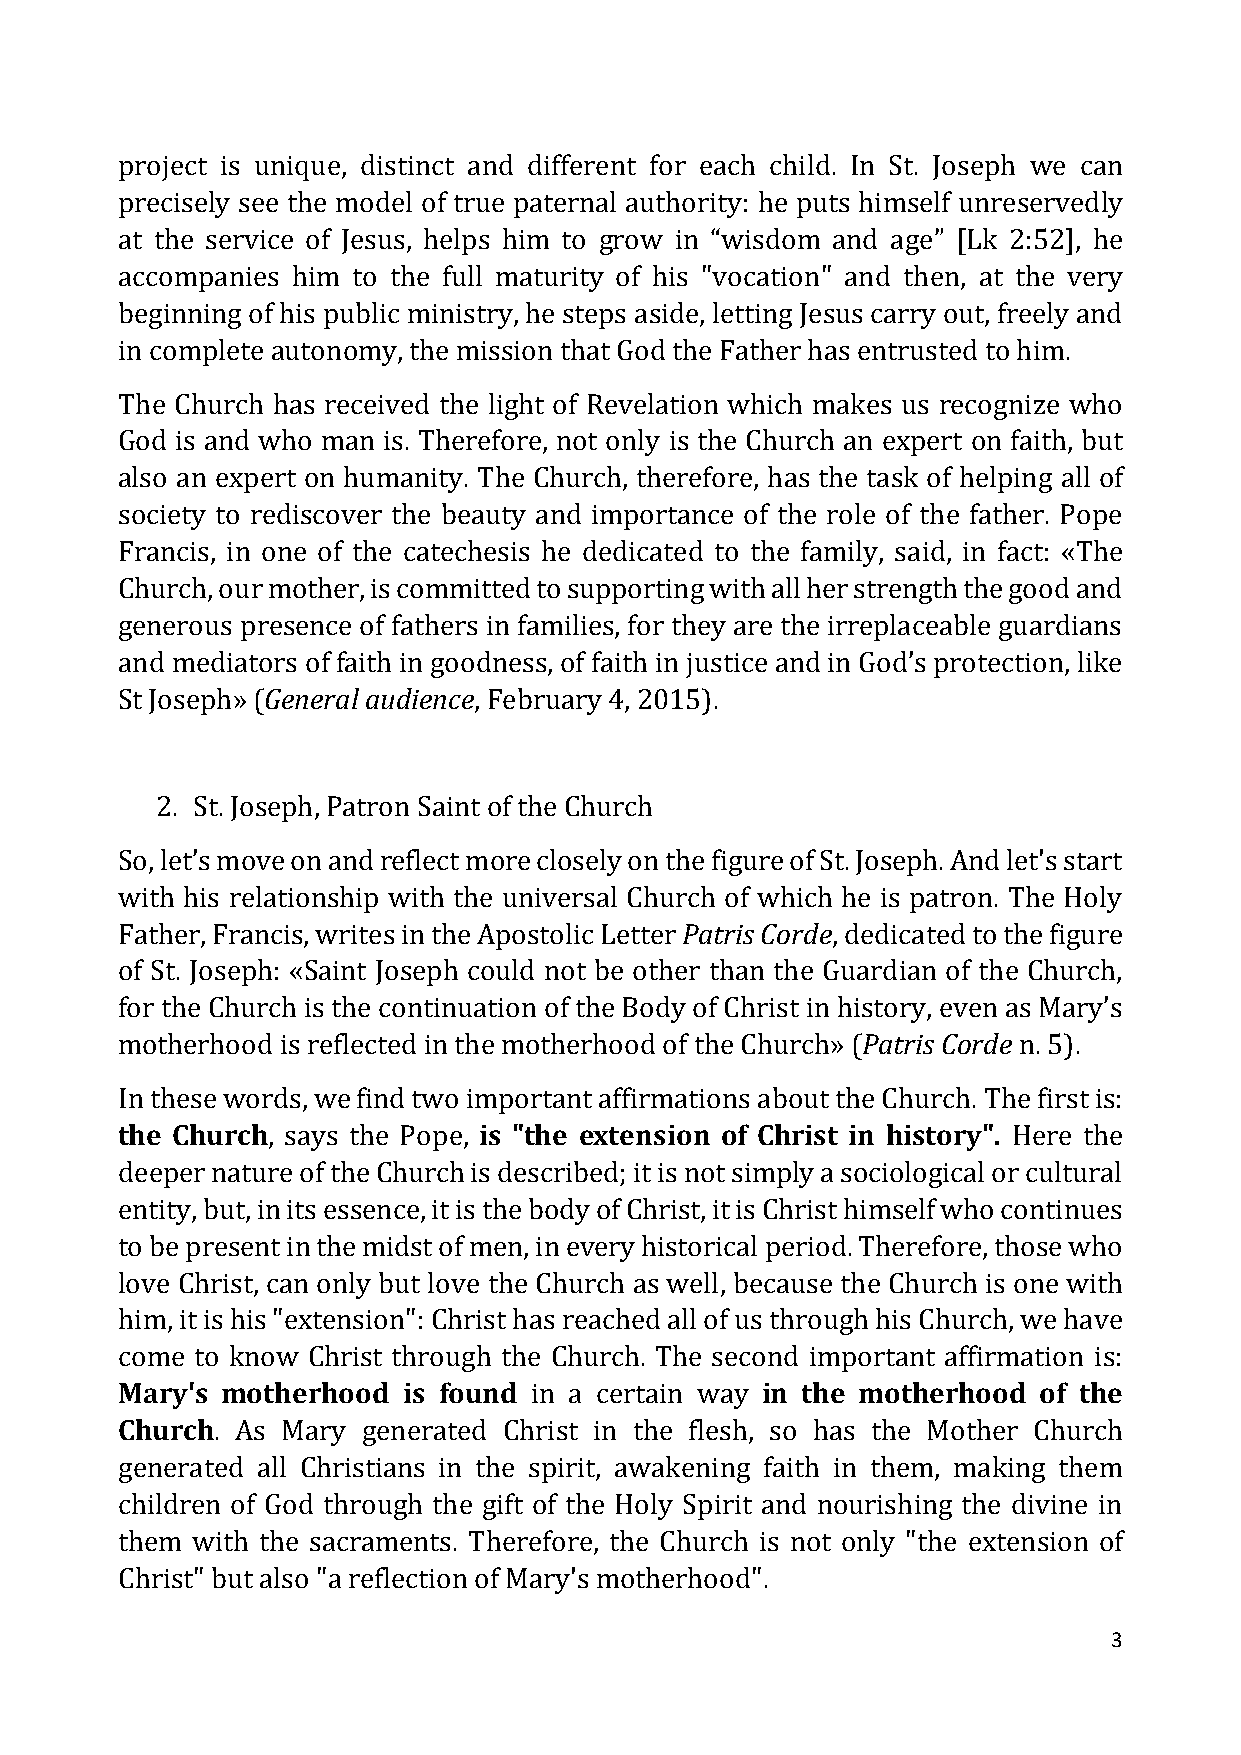
project is unique, distinct and different for each child. In St. Joseph we can
 precisely see the model of true paternal authority: he puts himself unreservedly
 at the service of Jesus, helps him to grow in “wisdom and age” [Lk 2:52], he
 accompanies him to the full maturity of his "vocation" and then, at the very
 beginning of his public ministry, he steps aside, letting Jesus carry out, freely and
 in complete autonomy, the mission that God the Father has entrusted to him.
 The Church has received the light of Revelation which makes us recognize who
 God is and who man is. Therefore, not only is the Church an expert on faith, but
 also an expert on humanity. The Church, therefore, has the task of helping all of
 society to rediscover the beauty and importance of the role of the father. Pope
 Francis, in one of the catechesis he dedicated to the family, said, in fact: «The
 Church, our mother, is committed to supporting with all her strength the good and
 generous presence of fathers in families, for they are the irreplaceable guardians
 and mediators of faith in goodness, of faith in justice and in God’s protection, like
 St Joseph» (General audience, February 4, 2015).
 2. St. Joseph, Patron Saint of the Church
 So, let’s move on and reflect more closely on the figure of St. Joseph. And let's start
 with his relationship with the universal Church of which he is patron. The Holy
 Father, Francis, writes in the Apostolic Letter Patris Corde, dedicated to the figure
 of St. Joseph: «Saint Joseph could not be other than the Guardian of the Church,
 for the Church is the continuation of the Body of Christ in history, even as Mary’s
 motherhood is reflected in the motherhood of the Church» (Patris Corde n. 5).
 In these words, we find two important affirmations about the Church. The first is:
 the Church, says the Pope, is "the extension of Christ in history". Here the
 deeper nature of the Church is described; it is not simply a sociological or cultural
 entity, but, in its essence, it is the body of Christ, it is Christ himself who continues
 to be present in the midst of men, in every historical period. Therefore, those who
 love Christ, can only but love the Church as well, because the Church is one with
 him, it is his "extension": Christ has reached all of us through his Church, we have
 come to know Christ through the Church. The second important affirmation is:
 Mary's motherhood  is found in a certain way in the motherhood of the
 Church. As Mary generated Christ in the flesh, so has the Mother Church
 generated all Christians in the spirit, awakening faith in them, making them
 children of God through the gift of the Holy Spirit and nourishing the divine in
 them with the sacraments. Therefore, the Church is not only "the extension of
 Christ" but also "a reflection of Mary's motherhood".
 3